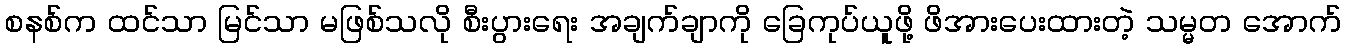
စနစ်က ထင်သာ မြင်သာ မဖြစ်သလို စီးပွားရေး အချက်ချာကို ခြေကုပ်ယူဖို့ ဖိအားပေးထားတဲ့ သမ္မတ အောက်